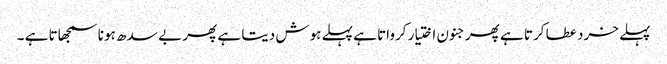
پہلے خرد عطا کرتا ہے پھر جنون اختیار کرواتا ہے پہلے ہوش دیتا ہے پھر بے سد ھ ہونا سمجھاتا ہے ۔